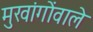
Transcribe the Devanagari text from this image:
मुखांगोंवाले